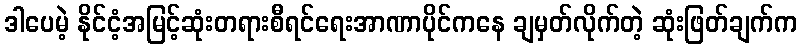
ဒါပေမဲ့ နိုင်ငံ့အမြင့်ဆုံးတရားစီရင်ရေးအာဏာပိုင်ကနေ ချမှတ်လိုက်တဲ့ ဆုံးဖြတ်ချက်က